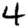
Digit: 4